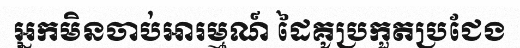
អ្នកមិនចាប់អារម្មណ៍ ដៃគូប្រកួតប្រជែង